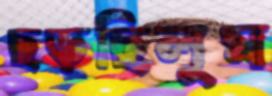
ছড়ছিলুম